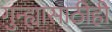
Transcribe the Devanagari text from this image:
गुन्ह्यासाठीही